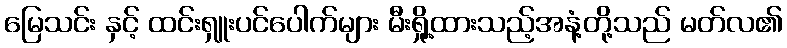
မြေသင်း နှင့် ထင်းရှူးပင်ပေါက်များ မီးရှို့ထားသည့်အနံ့တို့သည် မတ်လ၏